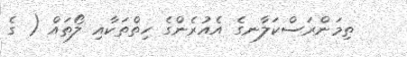
ތިމަންރަސްކަލާނގެ އެއުރެންގެ ހިތްތަކާއި ލޯތައް ( ގެ